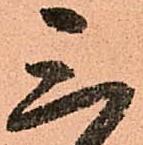
三